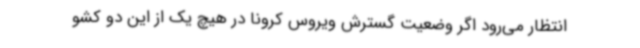
انتظار می‌رود اگر وضعیت گسترش ویروس کرونا در هیچ یک از این دو کشو